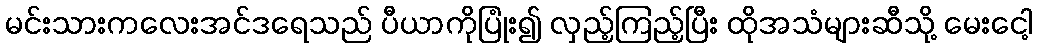
မင်းသားကလေးအင်ဒရေသည် ပီယာကိုပြုံး၍ လှည့်ကြည့်ပြီး ထိုအသံများဆီသို့ မေးငေါ့